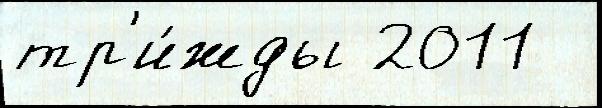
тр'и́жды 2011